Indian journal of veterinary science and animal husbandry - Volume 14,
Year: 1944
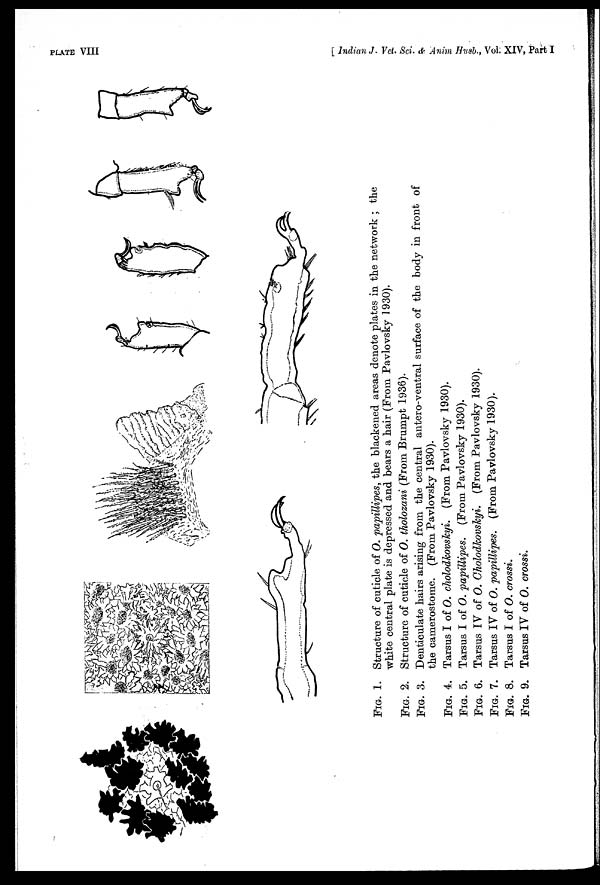
PL
FIG. 1. Structure of cuticle of O. papillipes, the blackened areas denote plates in the network ; the
white central plate is depressed and bears a hair (From Pavlovsky 1930).
FIG. 2. Structure of cuticle of O. tholozani (From Brumpt 1936).
FIG. 3. Denticulate hairs arising from the central antero-ventral surface of the body in front of
the camerostome. (From Pavlovsky 1930).
FIG. 4. Tarsus I of O. cholodkovskyi. (From Pavlovsky 1930).
FIG. 5. Tarsus I of O. papillipes. (From Pavlovsky 1930).
FIG. 6. Tarsus IV of O. Cholodkovskyi. (From Pavlovsky 1930).
FIG. 7. Tarsus IV of O. papillipes. (From Pavlovsky 1930).
FIG. 8. Tarsus I of O. crossi.
FIG. 9. Tarsus IV of O. crossi.